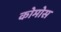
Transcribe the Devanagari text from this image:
कोमोस